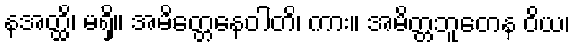
နအတ္ထိ၊ မရှိ။ အမိတ္တေနေဝါတိ၊ ကား။ အမိတ္တဘူတေန ဝိယ၊